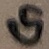
Text: G